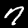
Digit: 7